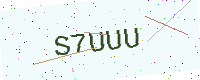
Text: S7UUU